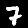
Digit: 7